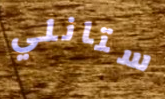
ستانلي